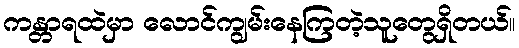
ကန္တာရထဲမှာ လောင်ကျွမ်းနေကြတဲ့သူတွေရှိတယ်။